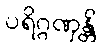
ပရိဂ္ဂဏှန္တိ